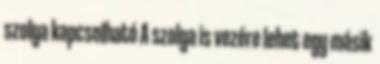
szolga kapcsolható A szolga is vezére lehet egy másik